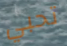
تحبي